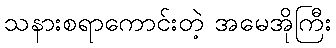
သနားစရာကောင်းတဲ့ အမေအိုကြီး